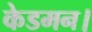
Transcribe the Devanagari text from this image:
केडमन।